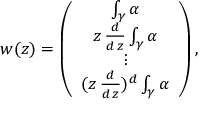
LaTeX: w ( z ) = \left( \begin{array} { c } { { \int _ { \gamma } \alpha } } \\ { { z \, \frac { d } { d \, z } \int _ { \gamma } \alpha } } \\ { { \vdots } } \\ { { ( z \, \frac { d } { d \, z } ) ^ { d } \int _ { \gamma } \alpha } } \end{array} \right) ,